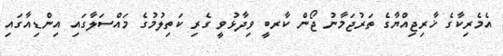
އެމެރިކާގެ ޚާރިޖިއްޔާގެ ތަރުޖަމާނު ޖޯން ކާރބީ ވިދާޅުވީ ގެރި ކަތިލުމުގެ މައްސަލާގައި އިންޑިއާގައި